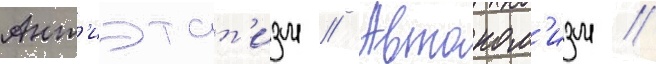
Ант'иэтат'изм // Автоном'изм //